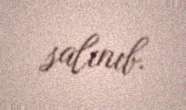
salınıb.